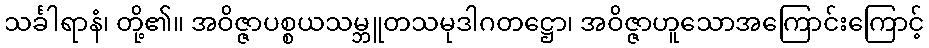
သင်္ခါရာနံ၊ တို့၏။ အဝိဇ္ဇာပစ္စယသမ္ဘူတသမုဒါဂတဋ္ဌော၊ အဝိဇ္ဇာဟူသောအကြောင်းကြောင့်